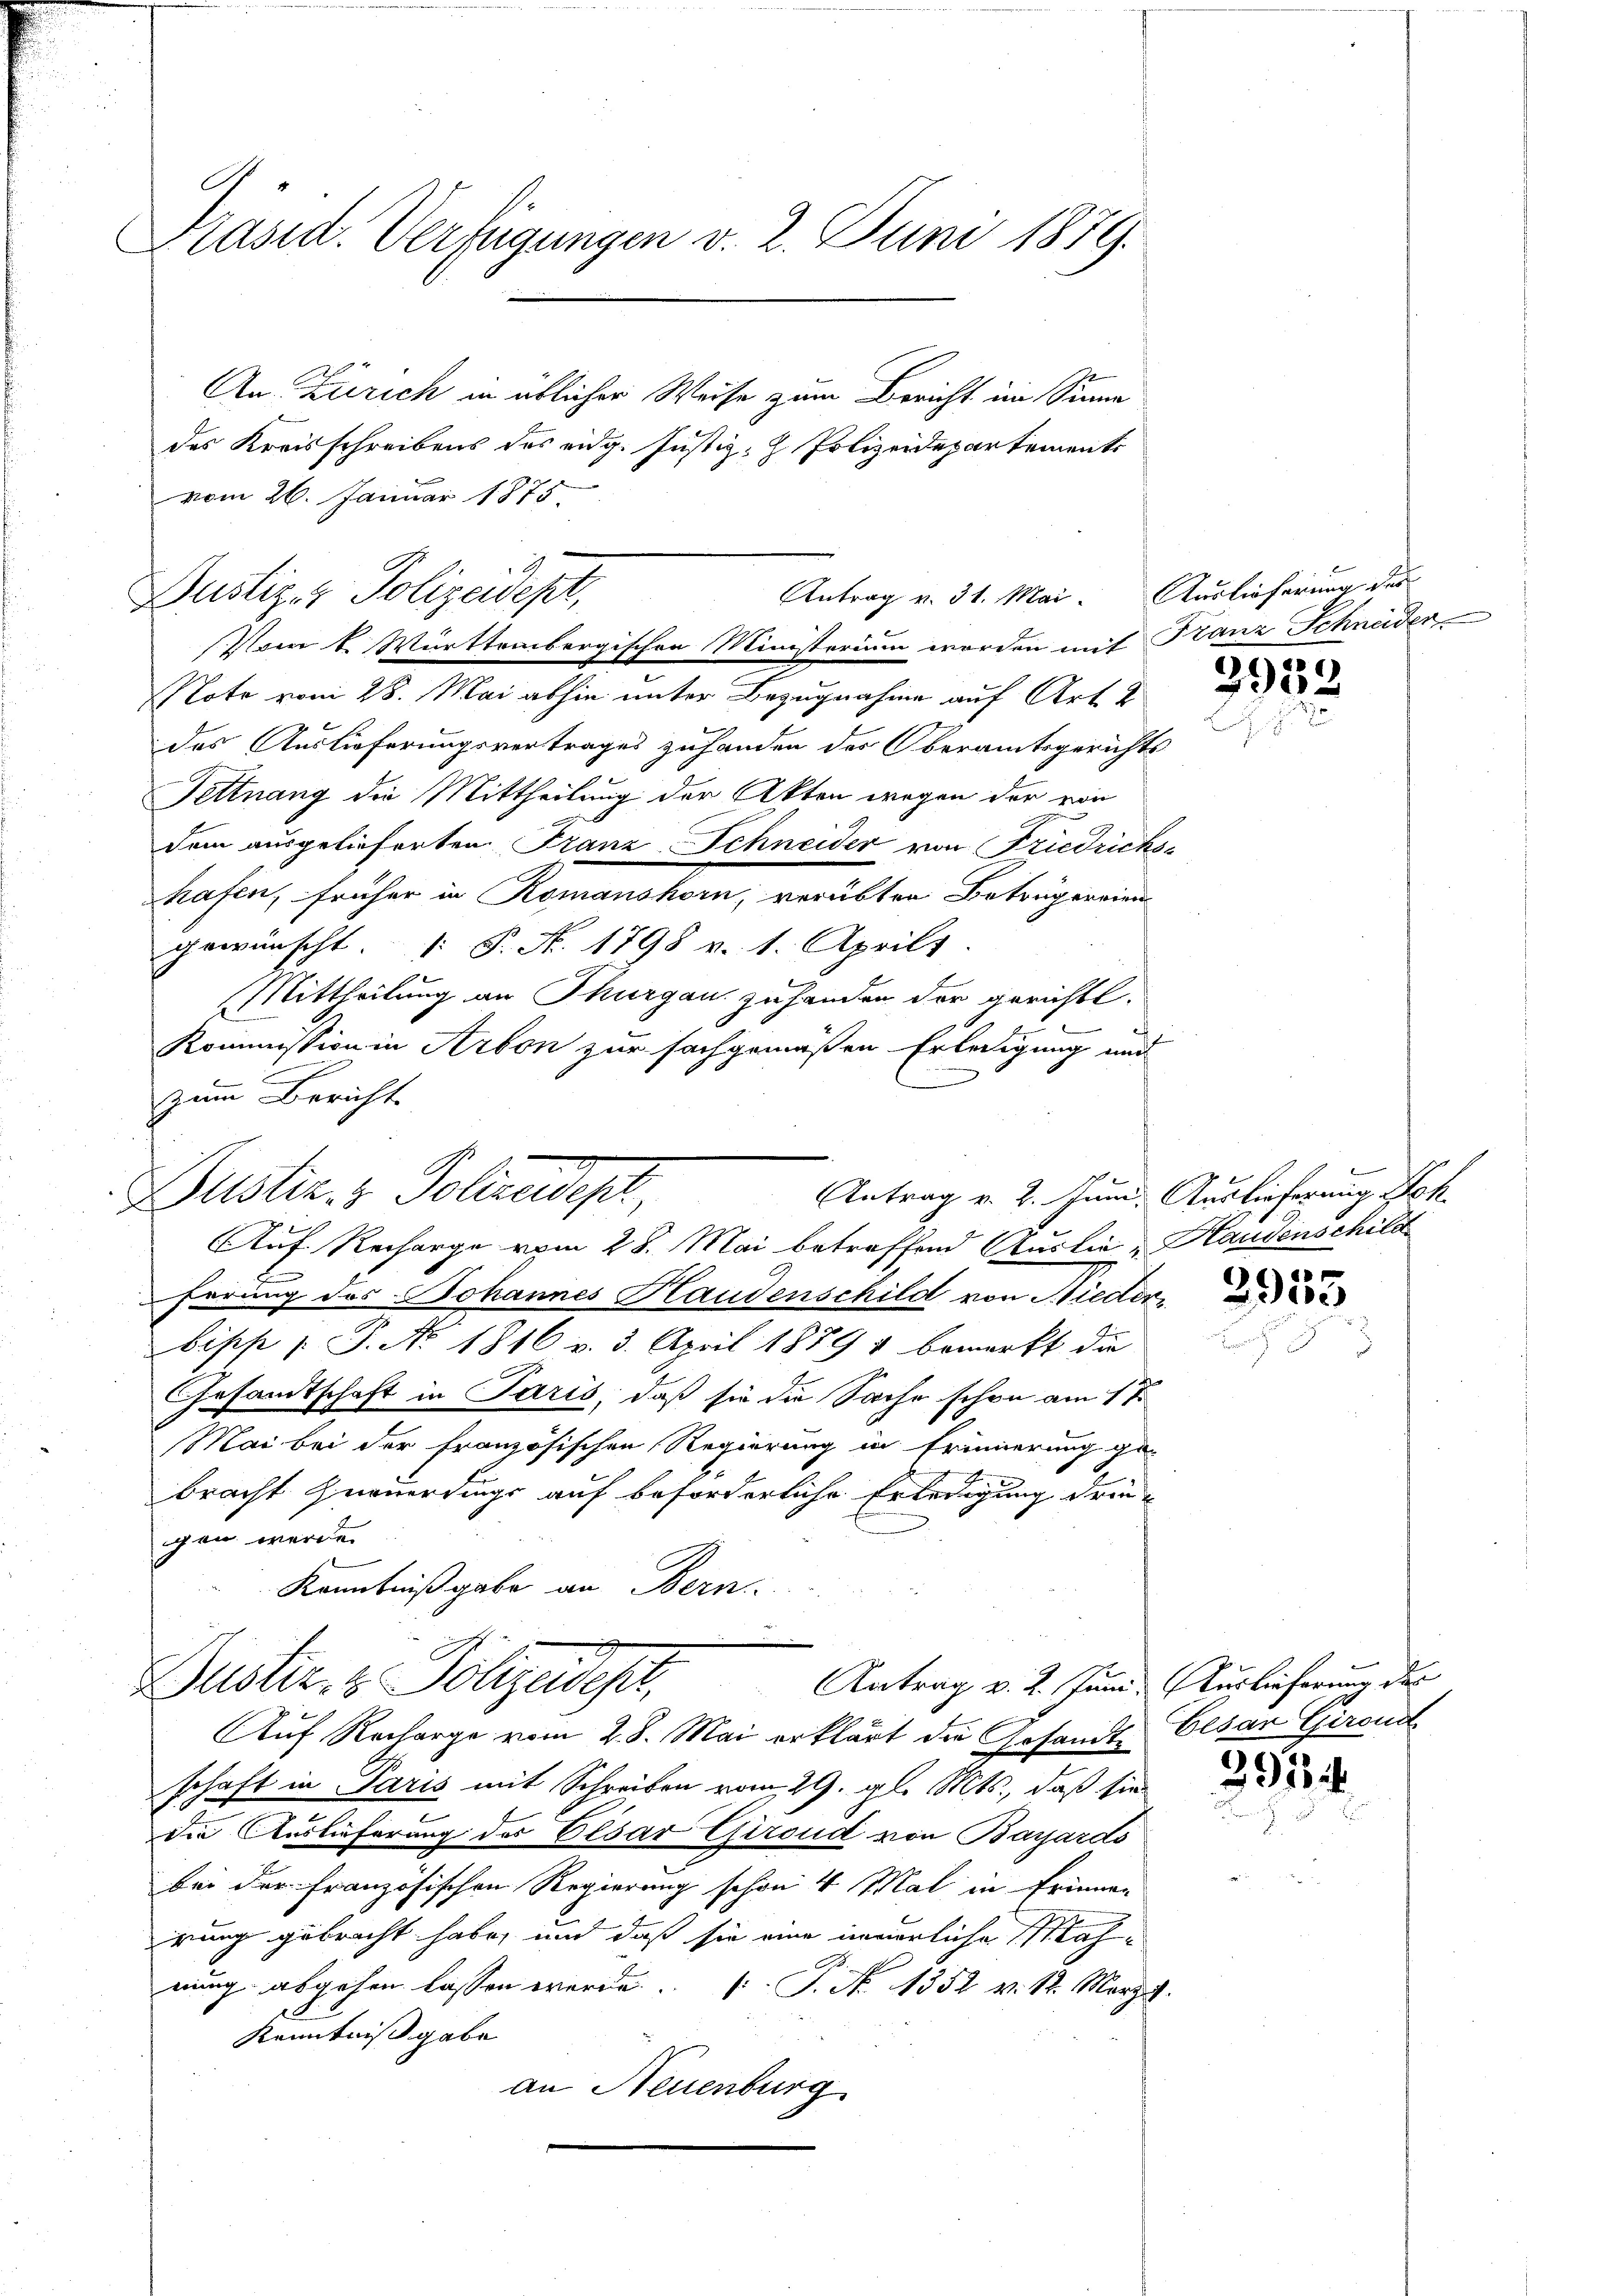
C
Präsid. Verfügungen v. 2. Juni 1879.

An Zürich in üblicher Weise zum Bericht im Sinne
des Kreisschreibens des eidg. Justiz- Polizeidepartements
vom 26. Januar 1775.

Vom 1. Württembergischen Ministerium worden mit Franz Schneider
Note vom 28. Mai abhin unter Bezugnahme auf Art. 2
das Auslieferungsvertrages zuhanden des Oberamtsgerichts
Fettnang die Mittheilung der Akten wegen der von
dem ausgelieferten Franz Schneider von Friedrichshafen, früher in Romanshorn, verübten Betrugerein
gewünscht. 1: P. Nr. 1798 v. 1. Aprilt.
Mittheilung an Thurgau zu handen der gerichte.
Kommission in Arbon zur sachgemäßen Erledigung und
zum Bericht

Antrag v. 31. Mai. Auslieferung des
Dustiz- & Polizeidept,

Dustiz- & Polizeidigt,

Auf Recharge vom 28. Mai betreffend Auslie - Handenschild
ferung des Johannes Handenschild von Nieder
Sipp p. P. No. 1816 v. 3. April 1879 & bemerkt die
Gesamtschaft in Paris, daß sie die Sache schon am 17.
Mai bei der Französischen Regierung in Erinnerung ge-
bracht Gneuerdings auf beforderliche Erledigung dringan werden
Kenntniß gabe an Bern
Auf Recharge vom 28. Mai erklärt die Gesandt, Elsar Girend
schaft in Paris mit Schreiben vom 29. gl. Mts., daß sie
die Auslieferung des Elsar Giroud von Bayards
bei der französischen Regierung schon 4 Mal in Erinnen
rung gebracht habe, und daß sie eine innerliche Mahnung abgehen lassen werde.  P. Nr. 1352 v. 1. März
Kenntniß gabe
an Neuenburg

Justiz & Polizeidept, Antrag v. 2. Juni Auslicherung des

Antrag v. 2. Juni. Auslieferung Nok.

e
2502

e
e
e

392